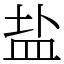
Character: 盐